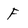
Character: F